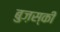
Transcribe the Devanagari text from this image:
बुज़स्की